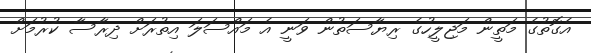
އެގޮތުގެ މަތީން މަޖިލީހުގެ ރިޔާސަތުން ވަނީ އެ މައްސަލަ އިތުރަށް ދިރާސާ ކުރުމަށް